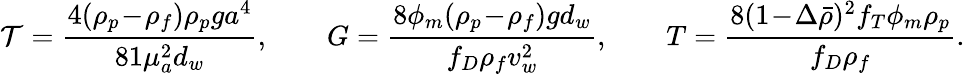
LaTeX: {\cal T}=\frac{4(\rho_{p}\! -\! \rho_{f})\rho_{p}ga^{4}}{81\mu_{a}^{2}d_{w}},\qquad G=\frac{8\phi_{m}(\rho_{p}\! -\! \rho_{f})gd_{w}}{f_{D}\rho_{f}v_{w}^{2}},\qquad T=\frac{8(1\! -\! \Delta\bar{\rho})^{2}f_{T}\phi_{m}\rho_{p}}{f_{D}\rho_{f}}.